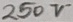
Text: 250V